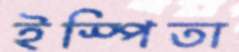
ইস্পিতা